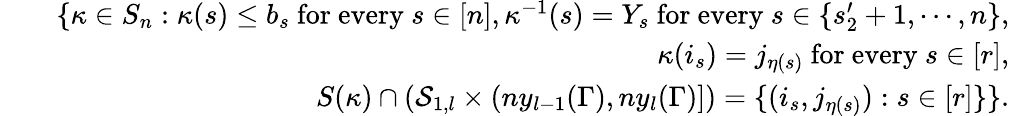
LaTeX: \begin{array}{rlr}&{}&{\{ \kappa\in S_{n}:\kappa(s)\leq b_{s}\mathrm{~for~every~}s\in[n],\kappa^{-1}(s)=Y_{s}\mathrm{~for~every~}s\in\{ s_{2}^{\prime}+1,\cdots,n\} ,}\\ &{}&{\quad\kappa(i_{s})=j_{\eta(s)}\mathrm{~for~every~}s\in[r],}\\ &{}&{\quad S(\kappa)\cap(\mathcal{S}_{1,l}\times(ny_{l-1}(\Gamma),ny_{l}(\Gamma)])=\{ (i_{s},j_{\eta(s)}):s\in[r]\} \} .}\end{array}